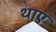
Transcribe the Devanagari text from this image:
थाए